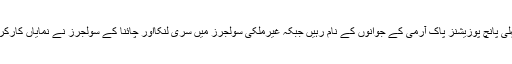
پل اپس کی پہلی پانچ پوزیشنز پاک آرمی کے جوانوں کے نام رہیں جبکہ غیرملکی سولجرز میں سری لنکااور چائنا کے سولجرز نے نمایاں کارکردگی دکھائی۔